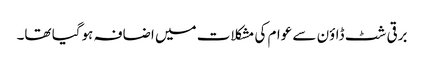
برقی شٹ ڈاؤن سے عوام کی مشکلات میں اضافہ ہوگیا تھا۔